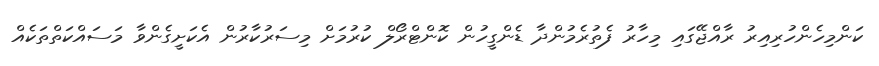
ކަންމިހެންހުރިއިރު ރާއްޖޭގައި މިހާރު ފެތުރެމުންދާ ޑެންގީހުން ކޮންޓްރޯލް ކުރުމަށް މިސަރުކާރުން އެކަށީގެންވާ މަސައްކަތްތަކެއް